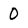
Character: 0